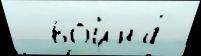
  война́